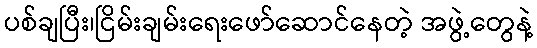
ပစ်ချပြီး၊ငြိမ်းချမ်းရေးဖော်ဆောင်နေတဲ့ အဖွဲ့တွေနဲ့